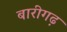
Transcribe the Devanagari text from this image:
बारीगढ़